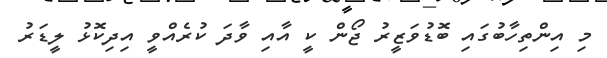
މި އިންތިހާބުގައި ބޮޑުވަޒީރު ޖޯން ކީ އާއި ވާދަ ކުރެއްވީ އިދިކޮޅު ލީޑަރު